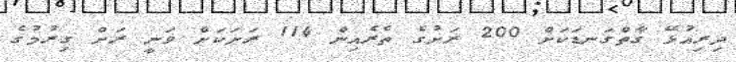
ދިރިއުޅޭ ގާތްގަނޑަކަށް 200 ރަށުގެ ތެރެއިން 114 ރަށަކަށް ވަނީ ރަށް ގިރުމުގެ